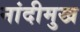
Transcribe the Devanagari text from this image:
नांदीमुख